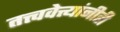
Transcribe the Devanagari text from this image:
तत्त्ववेत्त्यांनीही